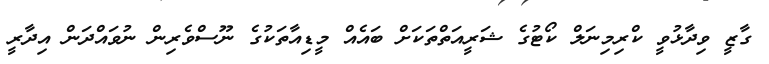
ގާޒީ ވިދާޅުވީ ކްރިމިނަލް ކޯޓުގެ ޝަރީއަތްތަކަށް ބައެއް މީޑިއާތަކުގެ ނޫސްވެރިން ނުވައްދަން އިދާރީ